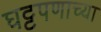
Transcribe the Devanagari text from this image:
घट्टपणाच्या